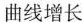
曲线增长